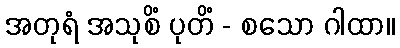
အတုရံ အသုစိံ ပုတိံ - စသော ဂါထာ။